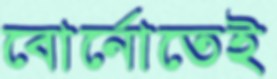
বোর্নোতেই